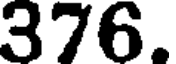
376.